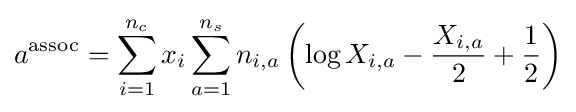
a^{\text{assoc}}=\sum _{i=1}^{n_{c}}{x_{i}\sum _{a=1}^{n_{s}}{n_{i,a}\left(\log {X_{i,a}}-{\frac {X_{i,a}}{2}}+{\frac {1}{2}}\right)}}